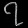
Digit: ၇